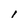
Character: i